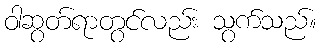
ဝါဆွတ်ရာတွင်လည်း သွက်သည်။